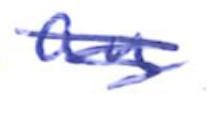
Text: an
Cross-out: scratch
Writing tool: ballpoint